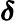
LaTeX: \boldsymbol\delta